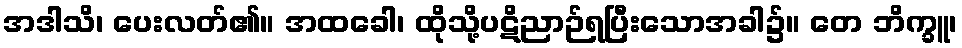
အဒါသိ၊ ပေးလတ်၏။ အထခေါ၊ ထိုသို့ပဋိညာဉ်ရပြီးသောအခါ၌။ တေ ဘိက္ခူ၊